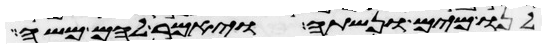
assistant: לנו מים ונשתה ויאמר להם משה